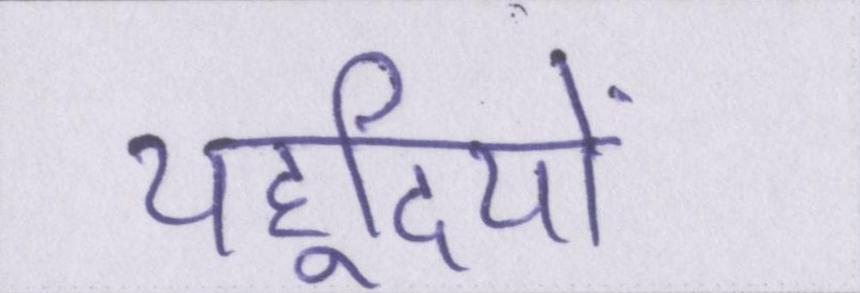
यहूदियों